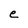
Character: e